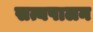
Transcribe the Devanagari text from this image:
सत्यपालन